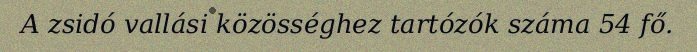
A zsidó vallási közösséghez tartózók száma 54 fő.